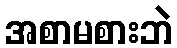
အစာမစားဘဲ